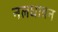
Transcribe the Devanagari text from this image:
नलधावन